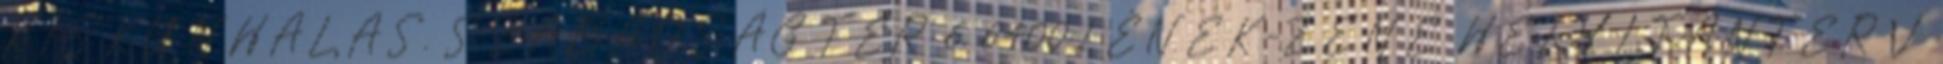
KISKUNHALAS, SZABADSÁG TÉR 6. 6400 1 ÉNEK-ZENE HELYI TANTERV